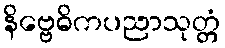
နိဗ္ဗေဓိကပညာသုတ္တံ